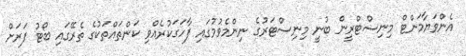
އެންވަޔާމަންޓް މިނިސްޓްރީން ބުނީ މިނިސްޓަރުގެ ނިންމެވުމުގައި ފާހަގަކުރެއްވި ކަންތައްތަކުގެ ތެރޭގައި ބޯޓު ފަރަށް